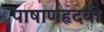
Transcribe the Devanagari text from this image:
पाषाणहृदयी